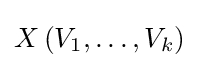
{\textstyle X\left(V_{1},\ldots ,V_{k}\right)}